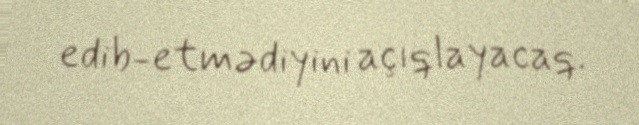
edib-etmədiyini açıqlayacaq.